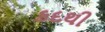
કદથી